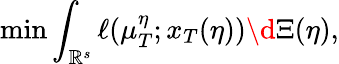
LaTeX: \operatorname*{min}\int_{\mathbb{R}^{s}}\ell(\mu_{T}^{\eta};x_{T}(\eta))\d\Xi(\eta),